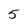
Character: 5